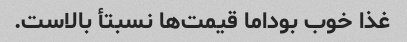
غذا خوب بوداما قیمت‌ها نسبتأ بالاست.